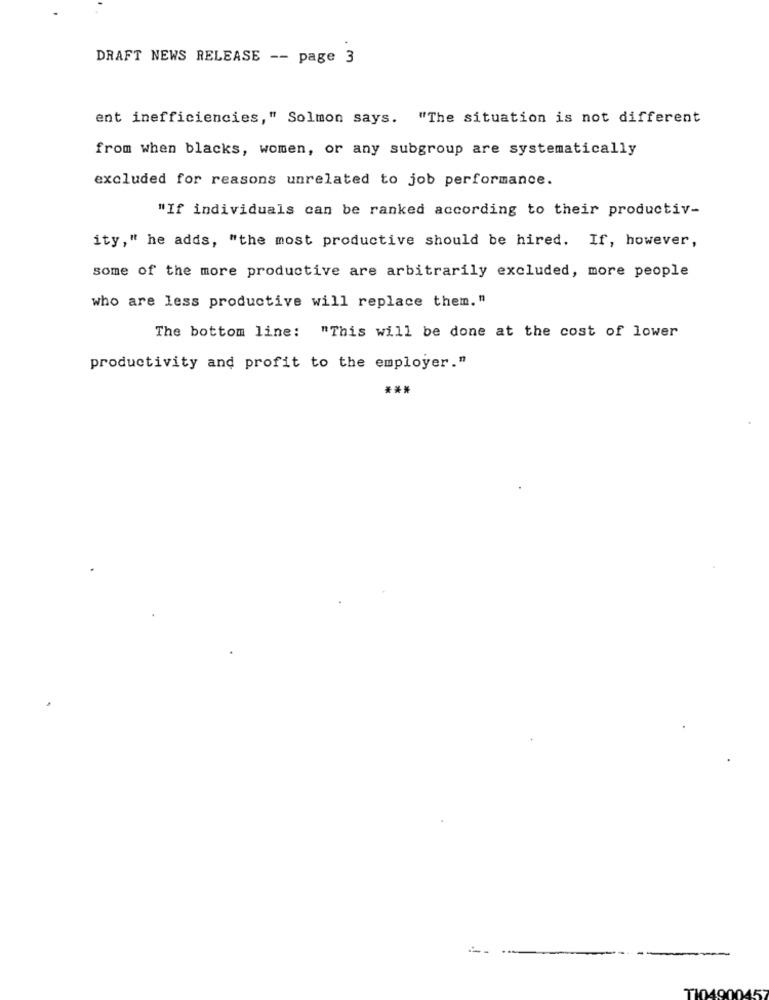
DRAFT NEWS RELEASE -- page 3
ent inefficiencies," Solmon says. "The situation is not different
from when blacks, women, or any subgroup are systematically
excluded for reasons unrelated to job performance.
"If individuals can be ranked according to their productiv-
ity," he adds, "the most productive should be hired. If, however,
some of the more productive are arbitrarily excluded, more people
who are less productive will replace them. "
The bottom line: "This will be done at the cost of lower
productivity and profit to the employer."
***